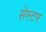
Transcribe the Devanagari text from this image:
सेस्टम